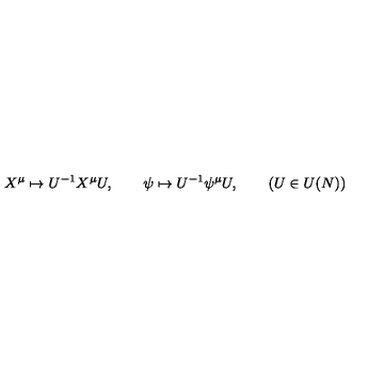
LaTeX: X ^ { \mu } \mapsto U ^ { - 1 } X ^ { \mu } U , \qquad \psi \mapsto U ^ { - 1 } \psi ^ { \mu } U , \qquad ( U \in U ( N ) )